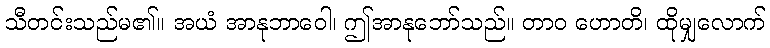
သီတင်းသည်မ၏။ အယံ အာနုဘာဝေါ၊ ဤအာနုဘော်သည်။ တာဝ ဟောတိ၊ ထိုမျှလောက်